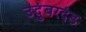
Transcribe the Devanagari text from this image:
उदुंबरदंड